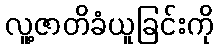
လူ့ဇာတိခံယူခြင်းကို